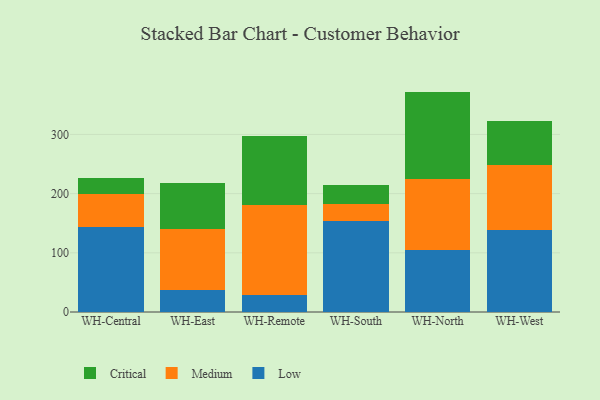
{"axis": {"x": "Warehouse", "y": "Market Share (%)"}, "legend": ["Critical", "Low", "Medium"], "data": [{"x": "WH-Central", "y": 143.1, "type": "Low"}, {"x": "WH-Central", "y": 55.9, "type": "Medium"}, {"x": "WH-Central", "y": 27.0, "type": "Critical"}, {"x": "WH-East", "y": 37.8, "type": "Low"}, {"x": "WH-East", "y": 101.7, "type": "Medium"}, {"x": "WH-East", "y": 78.2, "type": "Critical"}, {"x": "WH-Remote", "y": 28.8, "type": "Low"}, {"x": "WH-Remote", "y": 152.1, "type": "Medium"}, {"x": "WH-Remote", "y": 116.5, "type": "Critical"}, {"x": "WH-South", "y": 153.6, "type": "Low"}, {"x": "WH-South", "y": 28.2, "type": "Medium"}, {"x": "WH-South", "y": 33.0, "type": "Critical"}, {"x": "WH-North", "y": 104.2, "type": "Low"}, {"x": "WH-North", "y": 119.8, "type": "Medium"}, {"x": "WH-North", "y": 148.4, "type": "Critical"}, {"x": "WH-West", "y": 137.9, "type": "Low"}, {"x": "WH-West", "y": 109.9, "type": "Medium"}, {"x": "WH-West", "y": 74.4, "type": "Critical"}]}